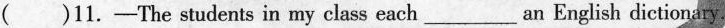
( )11.-The students in my class each___ an English dictionary.